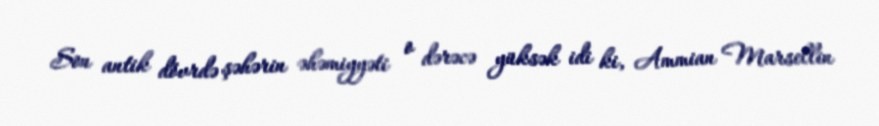
Son antik dövrdə şəhərin əhəmiyyəti o dərəcə yüksək idi ki, Ammian Marsellin